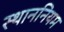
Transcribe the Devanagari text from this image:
स्थाननियम